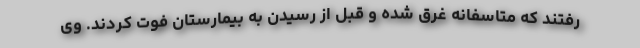
رفتند که متاسفانه غرق شده و قبل از رسیدن به بیمارستان فوت کردند. وی